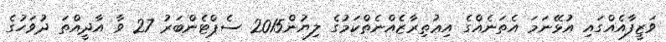
ވަޒީފާއެއްގައި އުޅޭނަމަ އެތަނެއްގެ އިޢުތިރާޒެއްނެތްކަމުގެ ލިޔުން2015 ސެޕްޓެންބަރު 27 ވާ އާދީއްތަ ދުވަހުގެ